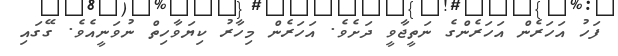
ފަހު އަހަރެން އަހަރެންގެ ނަތީޖާވީ ދަށެވެ. އަހަރެން މިހާރު ކިޔަވާހިތް ނުވަނީއެވެ. ގޭގައި